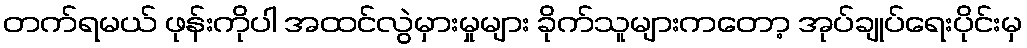
တက်ရမယ် ဖုန်းကိုပါ အထင်လွဲမှားမှုများ ခိုက်သူများကတော့ အုပ်ချုပ်ရေးပိုင်းမှ